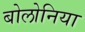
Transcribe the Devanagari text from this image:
बोलोनिया